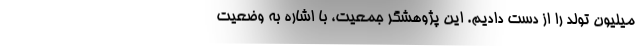
میلیون تولد را از دست دادیم. این پژوهشگر جمعیت، با اشاره به وضعیت